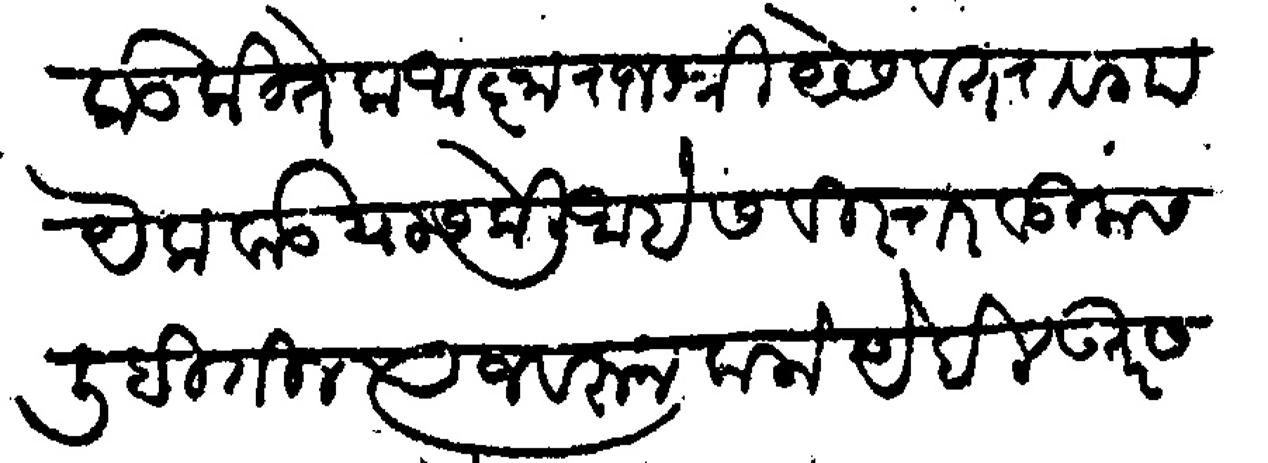
Transliteration (Devanagari): वरकड कितेक आज्ञा राजश्री येसवंतराव गायेकवाड यास केली आहे सविस्तर वडिलास लिहीतील त्याजवरून करणे येईल उतर सत्वर